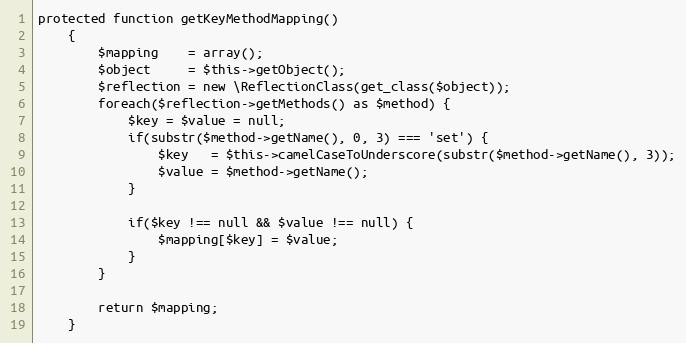
Language: PHP
protected function getKeyMethodMapping()
    {
        $mapping    = array();
        $object     = $this->getObject();
        $reflection = new \ReflectionClass(get_class($object));
        foreach($reflection->getMethods() as $method) {
            $key = $value = null;
            if(substr($method->getName(), 0, 3) === 'set') {
                $key   = $this->camelCaseToUnderscore(substr($method->getName(), 3));
                $value = $method->getName();
            }

            if($key !== null && $value !== null) {
                $mapping[$key] = $value;
            }
        }

        return $mapping;
    }